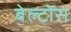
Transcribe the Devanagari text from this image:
बेल्टोंस